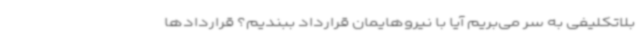
بلاتکلیفی به سر می‌بریم آیا با نیروهایمان قرارداد ببندیم؟ قراردادها